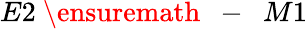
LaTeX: E2\mathrm{~\ensuremath~{~-~}~}M1